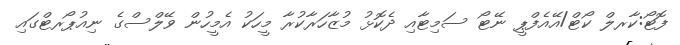
ފޮޓޯ:ކާރލް ކޯޓް/އޭއެފްޕީ ނޭޓޯ ސަމިޓާއި ދެކޮޅު މުޒާހަރާކުރާ މީހަކު އެމީހުން ވޭލްސްގެ ނިއުޕޯރޓްގައި